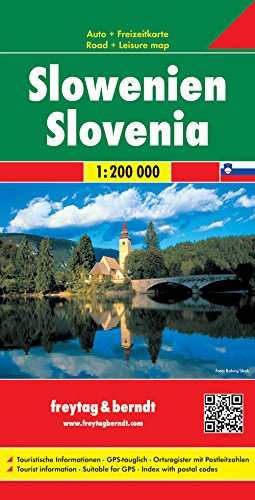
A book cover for Slovenia; Freytag-Berndt und Artaria; Travel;